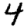
Digit: 4